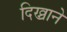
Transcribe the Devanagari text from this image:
दिख्नाने